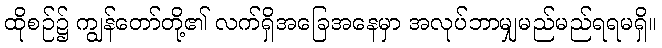
ထိုစဉ်၌ ကျွန်တော်တို့၏ လက်ရှိအခြေအနေမှာ အလုပ်ဘာမျှမည်မည်ရရမရှိ။